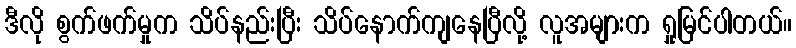
ဒီလို စွက်ဖက်မှုက သိပ်နည်းပြီး သိပ်နောက်ကျနေပြီလို့ လူအများက ရှုမြင်ပါတယ်။